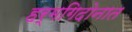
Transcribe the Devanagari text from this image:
हर्मगिदोनात